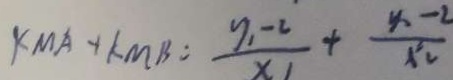
k m A + k m B : \frac { y _ { 1 } - 2 } { x _ { 1 } } + \frac { y _ { 2 } - 2 } { x _ { 2 } }